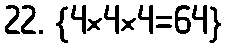
22. {4×4×4=64}